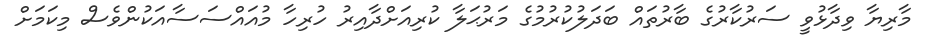
މާރިޔާ ވިދާޅުވީ ސަރުކާރުގެ ބާރުތައް ބަދަލުކުރުމުގެ މަރުޙަލާ ކުރިއަށްދާއިރު ހުރިހާ މުއައްސަސާއަކުންވެސް މިކަމަށް